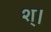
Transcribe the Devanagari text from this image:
श्।